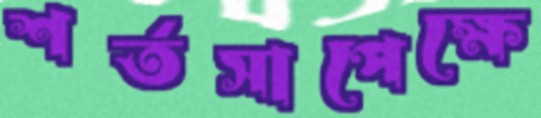
শর্তসাপেক্ষে